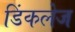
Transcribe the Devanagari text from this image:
डिंकलेज